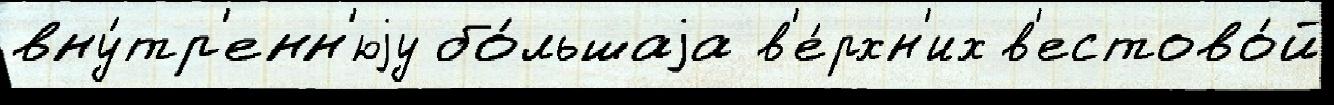
вну́тр'енн'юjу бо́льшаjа в'е́рхн'их в'естово́й